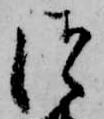
つ